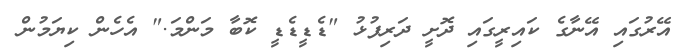
އޭރުގައި އޭނާގެ ކައިރީގައި ދޮށީ ދަރިފުޅު "ޑެޑީޑެޑީ ކޮބާ މަންމަ." އެހެން ކިޔަމުން